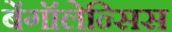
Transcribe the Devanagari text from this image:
बेंगॉलेन्सिस